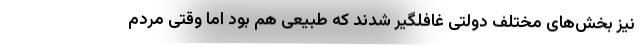
نیز بخش‌های مختلف دولتی غافلگیر شدند که طبیعی هم بود اما وقتی مردم